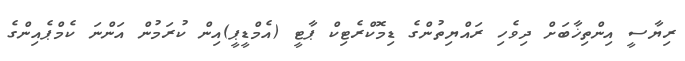
ރިޔާސީ އިންތިޚާބަށް ދިވެހި ރައްޔިތުންގެ ޑިމޮކްރެޓިކް ޕާޓީ (އެމްޑީޕީ)އިން ކުރަމުން އަންނަ ކެމްޕެއިންގެ